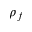
\rho _ { f }